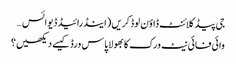
جی پیڈ کلائنٹ ڈاؤن لوڈ کریں (اینڈرائیڈ ڈیوائس…
وائی فائی نیٹ ورک کا بھولا پاس ورڈ کیسے دیکھیں؟